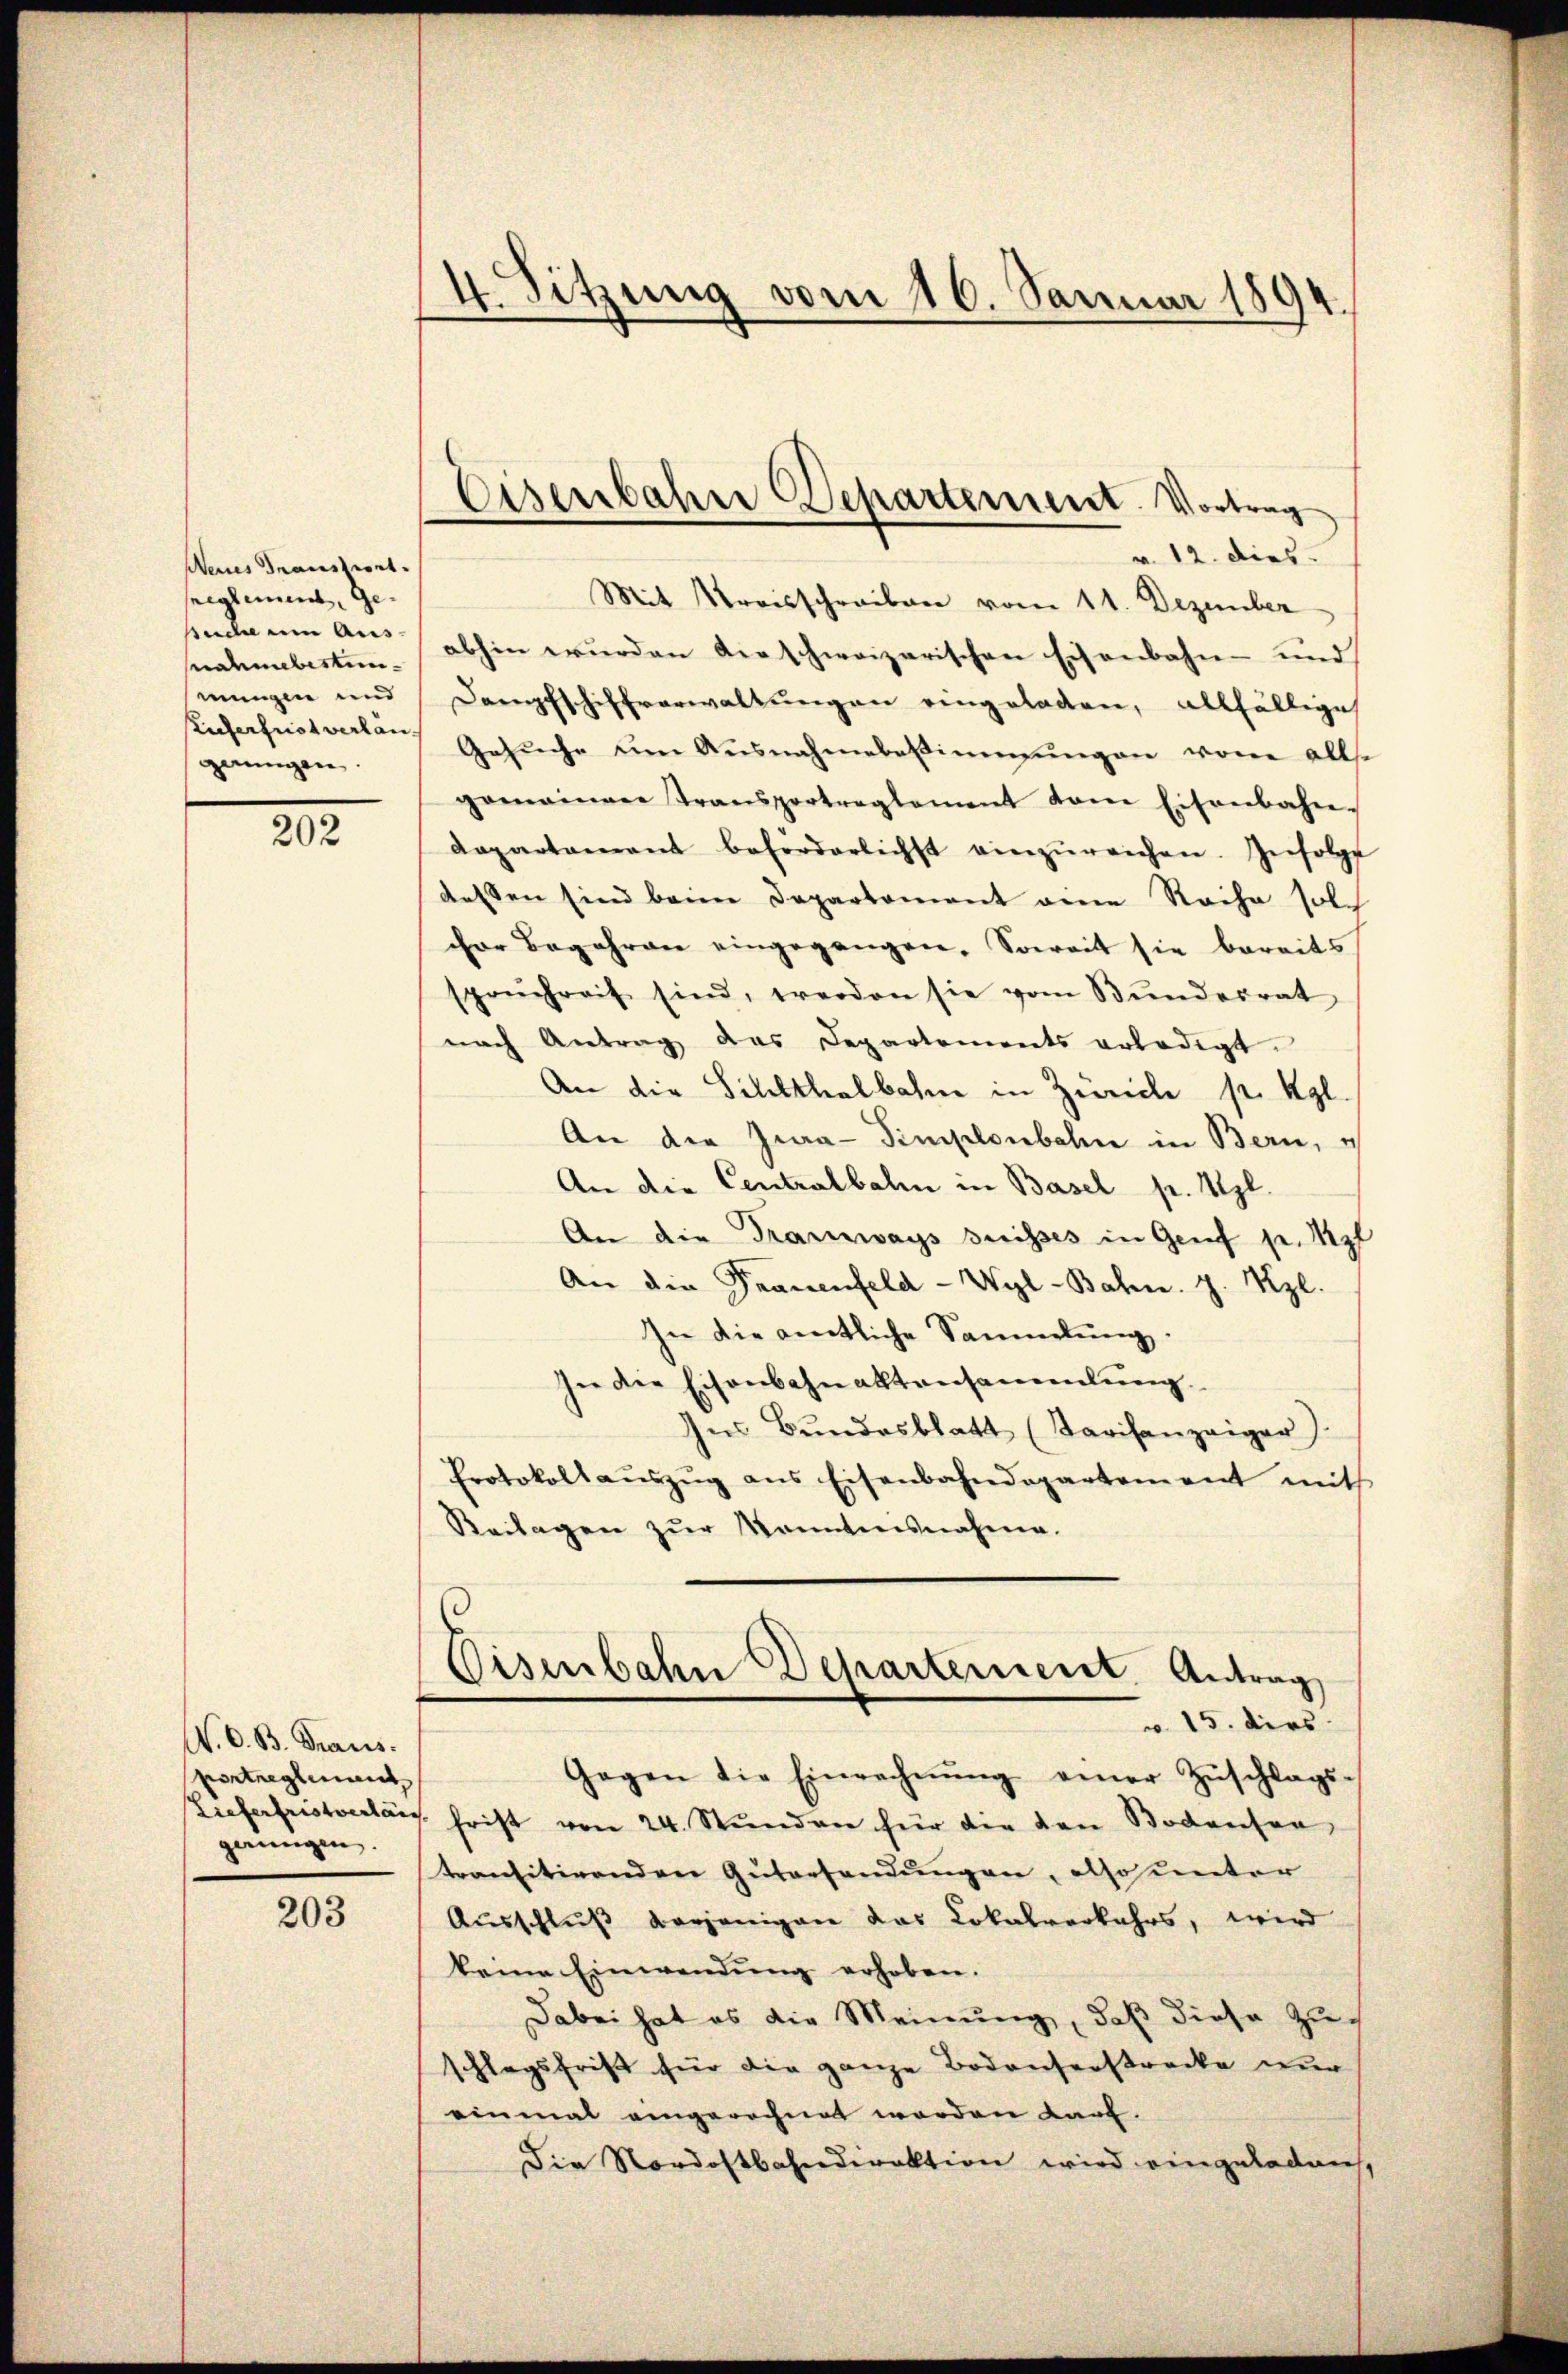
Deines Transtwort.
sreglement, Gesude ein Aus
nahmebestunmungen und
uferfrist verlängerungen.

202

203

4. Sitzung vom 16. Januar 1894.

N. O. B. Traus.
vortregleant
gerungen.

Eisenbahre Departement. Vortrag

v. 12. dies
Mit Kreisschreiben vom 11. Dezember
abhin wurden die schweizerischen Eisenbahn- und
Dampfschiffrarwaltungen eingeladen, allfällige
Gesŭche um Ausnahmebesinngŭngen von allse
gomainer Transportreglement tene Eisenbahn-
Dapartamant beforderlichst einzŭreichen. Infolge
dessen sind beim Departement eine Reihe solcher Begehren eingegangen. Soweit sie bereits
spruchreit sind, werden sie vom Bundesrat
nach Antrag das Departements erledigt.
An die Sililthalbahne in Zürich pr. Kgl.
An die Jura-Simplonbahn in Bern, u
An die Centralbahn in Basel pr. Vgl.
An die Tramways drisses in Genf p. Kel
An die Frauenfeld-Wyl-Bahn. J. Kzl.
In die amtliche Sammlung.
In die Eisenbahnaktansammlung
Ins Bundesblatt (Karisanzeiger)
Protokoll aŭszŭg ans Eisenbahndepartement mit
Beilagen zur Kenntnisnahme.
Eisenbahn Departement. Antrag
v. 15. dies
Gegen die Einrechnŭng einer Zŭschlags-
Lieferfristvertaus frist von 24. Stunden für die von Bodensen
transitirenden Gütersendungen, also unter
Ausschlŭβ derjenigen das Lokalverkehrs, wird
keine Einwendung erhoben.
Dabei hat es die Meinung, daß diese Zuschlagsfrist für die ganze Bodenserstrecke nur
einmal eingerechnet werden darf.
Die Nordostbahndirektion wird eingeladen,